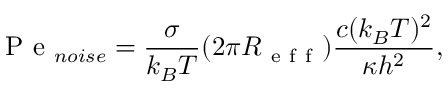
\mathrm { ~ P ~ e ~ } _ { n o i s e } = \frac { \sigma } { k _ { B } T } ( 2 \pi R _ { \mathrm { ~ e ~ f ~ f ~ } } ) \frac { c ( k _ { B } T ) ^ { 2 } } { \kappa h ^ { 2 } } ,